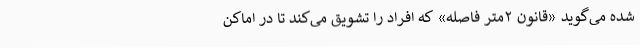
شده می‌گوید «قانون ۲‌متر فاصله» که افراد را تشویق می‌کند تا در اماکن